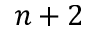
n + 2